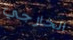
الخارجي